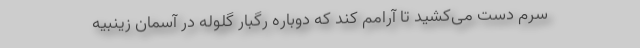
سرم دست می‌کشید تا آرامم کند که دوباره رگبار گلوله در آسمان زینبیه